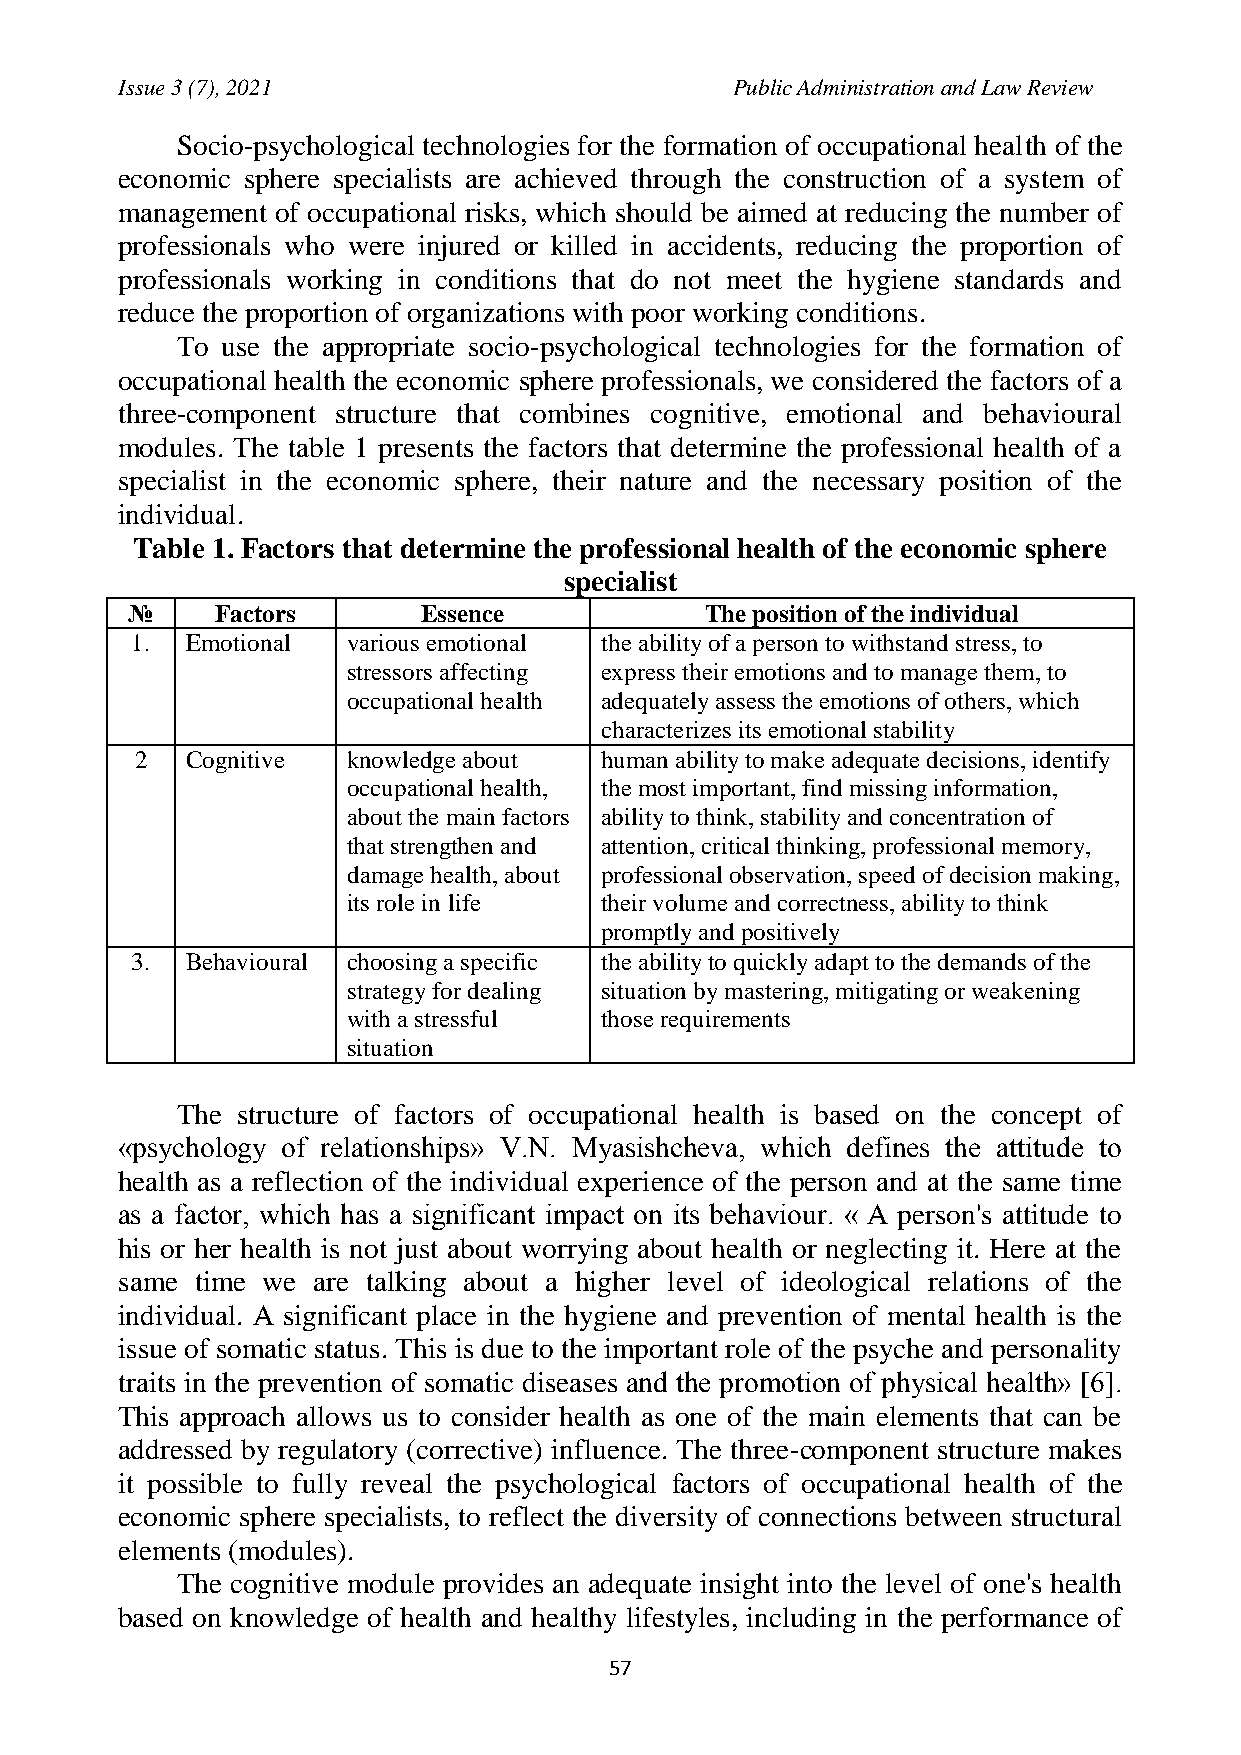
Issue 3 (7), 2021                       Public Administration and Law Review
 Socio-psychological technologies for the formation of occupational health of the
 economic sphere specialists are achieved through the construction of a system of
 management of occupational risks, which should be aimed at reducing the number of
 professionals who were injured or killed in accidents, reducing the proportion of
 professionals working in conditions that do not meet the hygiene standards and
 reduce the proportion of organizations with poor working conditions.
 To use the appropriate socio-psychological technologies for the formation of
 occupational health the economic sphere professionals, we considered the factors of a
 three-component structure that combines cognitive, emotional and behavioural
 modules. The table 1 presents the factors that determine the professional health of a
 specialist in the economic sphere, their nature and the necessary position of the
 individual.
 Table 1. Factors that determine the professional health of the economic sphere
 specialist
 №     Factors       Essence            The position of the individual
 1. Emotional  various emotional the ability of a person to withstand stress, to
 stressors affecting express their emotions and to manage them, to
 occupational health adequately assess the emotions of others, which
 characterizes its emotional stability
 2  Cognitive  knowledge about  human ability to make adequate decisions, identify
 occupational health, the most important, find missing information,
 about the main factors ability to think, stability and concentration of
 that strengthen and attention, critical thinking, professional memory,
 damage health, about professional observation, speed of decision making,
 its role in life their volume and correctness, ability to think
 promptly and positively
 3. Behavioural choosing a specific the ability to quickly adapt to the demands of the
 strategy for dealing situation by mastering, mitigating or weakening
 with a stressful those requirements
 situation
 The structure of factors of occupational health is based on the concept of
 «psychology of relationships» V.N. Myasishcheva, which defines the attitude to
 health as a reflection of the individual experience of the person and at the same time
 as a factor, which has a significant impact on its behaviour. « A person's attitude to
 his or her health is not just about worrying about health or neglecting it. Here at the
 same time we are talking about a higher level of ideological relations of the
 individual. A significant place in the hygiene and prevention of mental health is the
 issue of somatic status. This is due to the important role of the psyche and personality
 traits in the prevention of somatic diseases and the promotion of physical health» [6].
 This approach allows us to consider health as one of the main elements that can be
 addressed by regulatory (corrective) influence. The three-component structure makes
 it possible to fully reveal the psychological factors of occupational health of the
 economic sphere specialists, to reflect the diversity of connections between structural
 elements (modules).
 The cognitive module provides an adequate insight into the level of one's health
 based on knowledge of health and healthy lifestyles, including in the performance of
 57